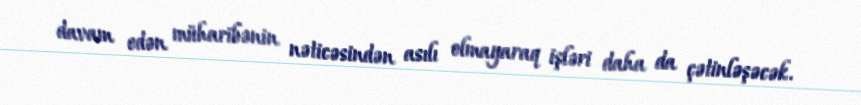
davam edən müharibənin nəticəsindən asılı olmayaraq işləri daha da çətinləşəcək.